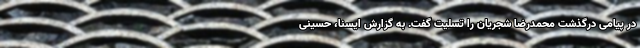
در پیامی درگذشت محمدرضا شجریان را تسلیت گفت. به گزارش ایسنا، حسینی